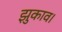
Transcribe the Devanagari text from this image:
झुकाव।